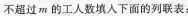
不超过m的工人数填入下面的列联表：